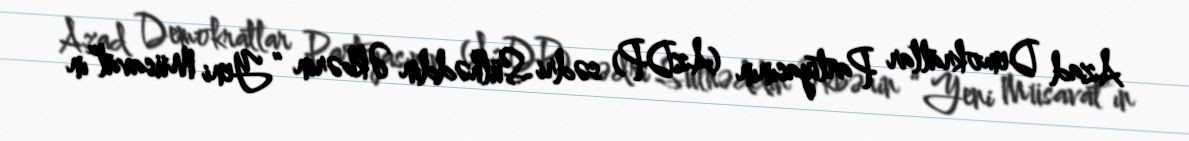
Azad Demokratlar Partiyasının (AzDP) sədri Sülhəddin Əkbərin “Yeni Müsavat”ın